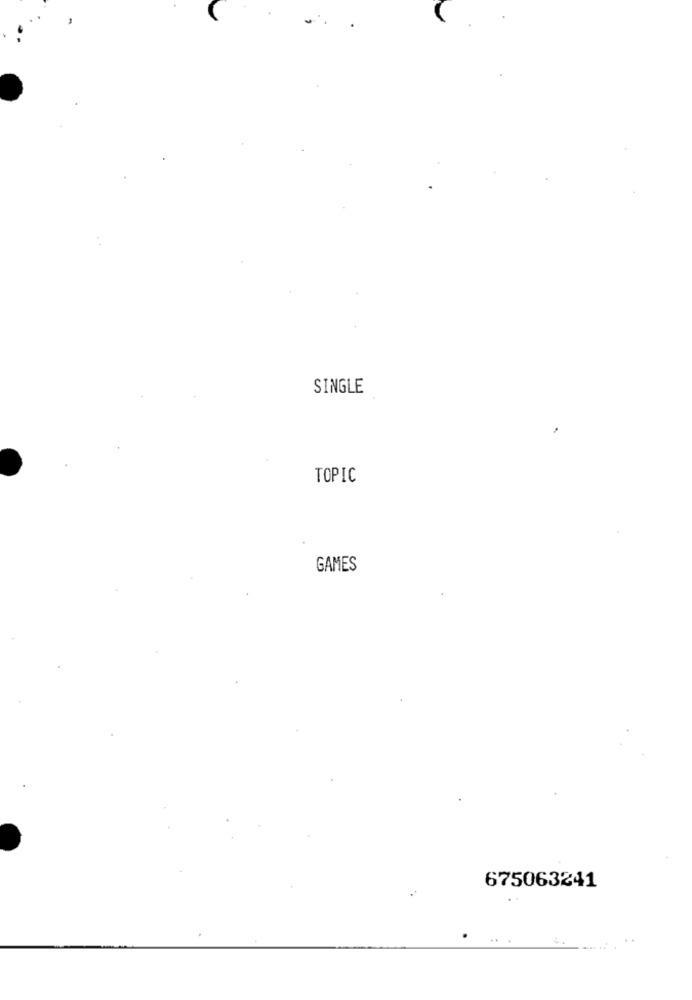
SINGLE
TOPIC
GAMES
675063241
...